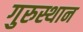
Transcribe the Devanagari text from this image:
गुरुस्थान